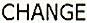
CHANGE